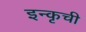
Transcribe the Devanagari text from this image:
इन्कृची